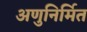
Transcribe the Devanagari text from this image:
अणुनिर्मित